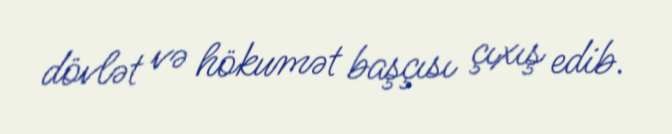
dövlət və hökumət başçısı çıxış edib.